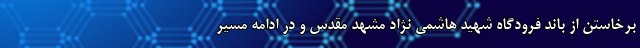
برخاستن از باند فرودگاه شهید هاشمی نژاد مشهد مقدس و در ادامه مسیر